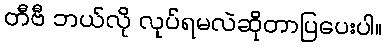
တီဗီ ဘယ်လို လုပ်ရမလဲဆိုတာပြပေးပါ။